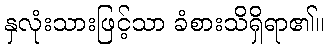
နှလုံးသားဖြင့်သာ ခံစားသိရှိရာ၏။